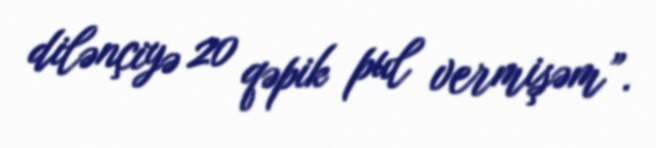
dilənçiyə 20 qəpik pul vermişəm”.